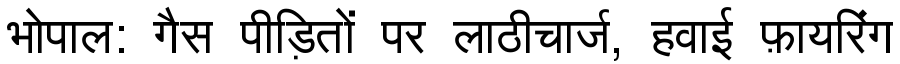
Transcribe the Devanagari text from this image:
भोपाल: गैस पीड़ितों पर लाठीचार्ज, हवाई फ़ायरिंग